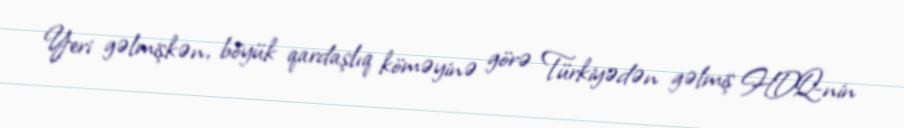
Yeri gəlmişkən, böyük qardaşlıq köməyinə görə Türkiyədən gəlmiş HDQ-nin